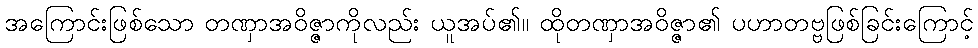
အကြောင်းဖြစ်သော တဏှာအဝိဇ္ဇာကိုလည်း ယူအပ်၏။ ထိုတဏှာအဝိဇ္ဇာ၏ ပဟာတဗ္ဗဖြစ်ခြင်းကြောင့်